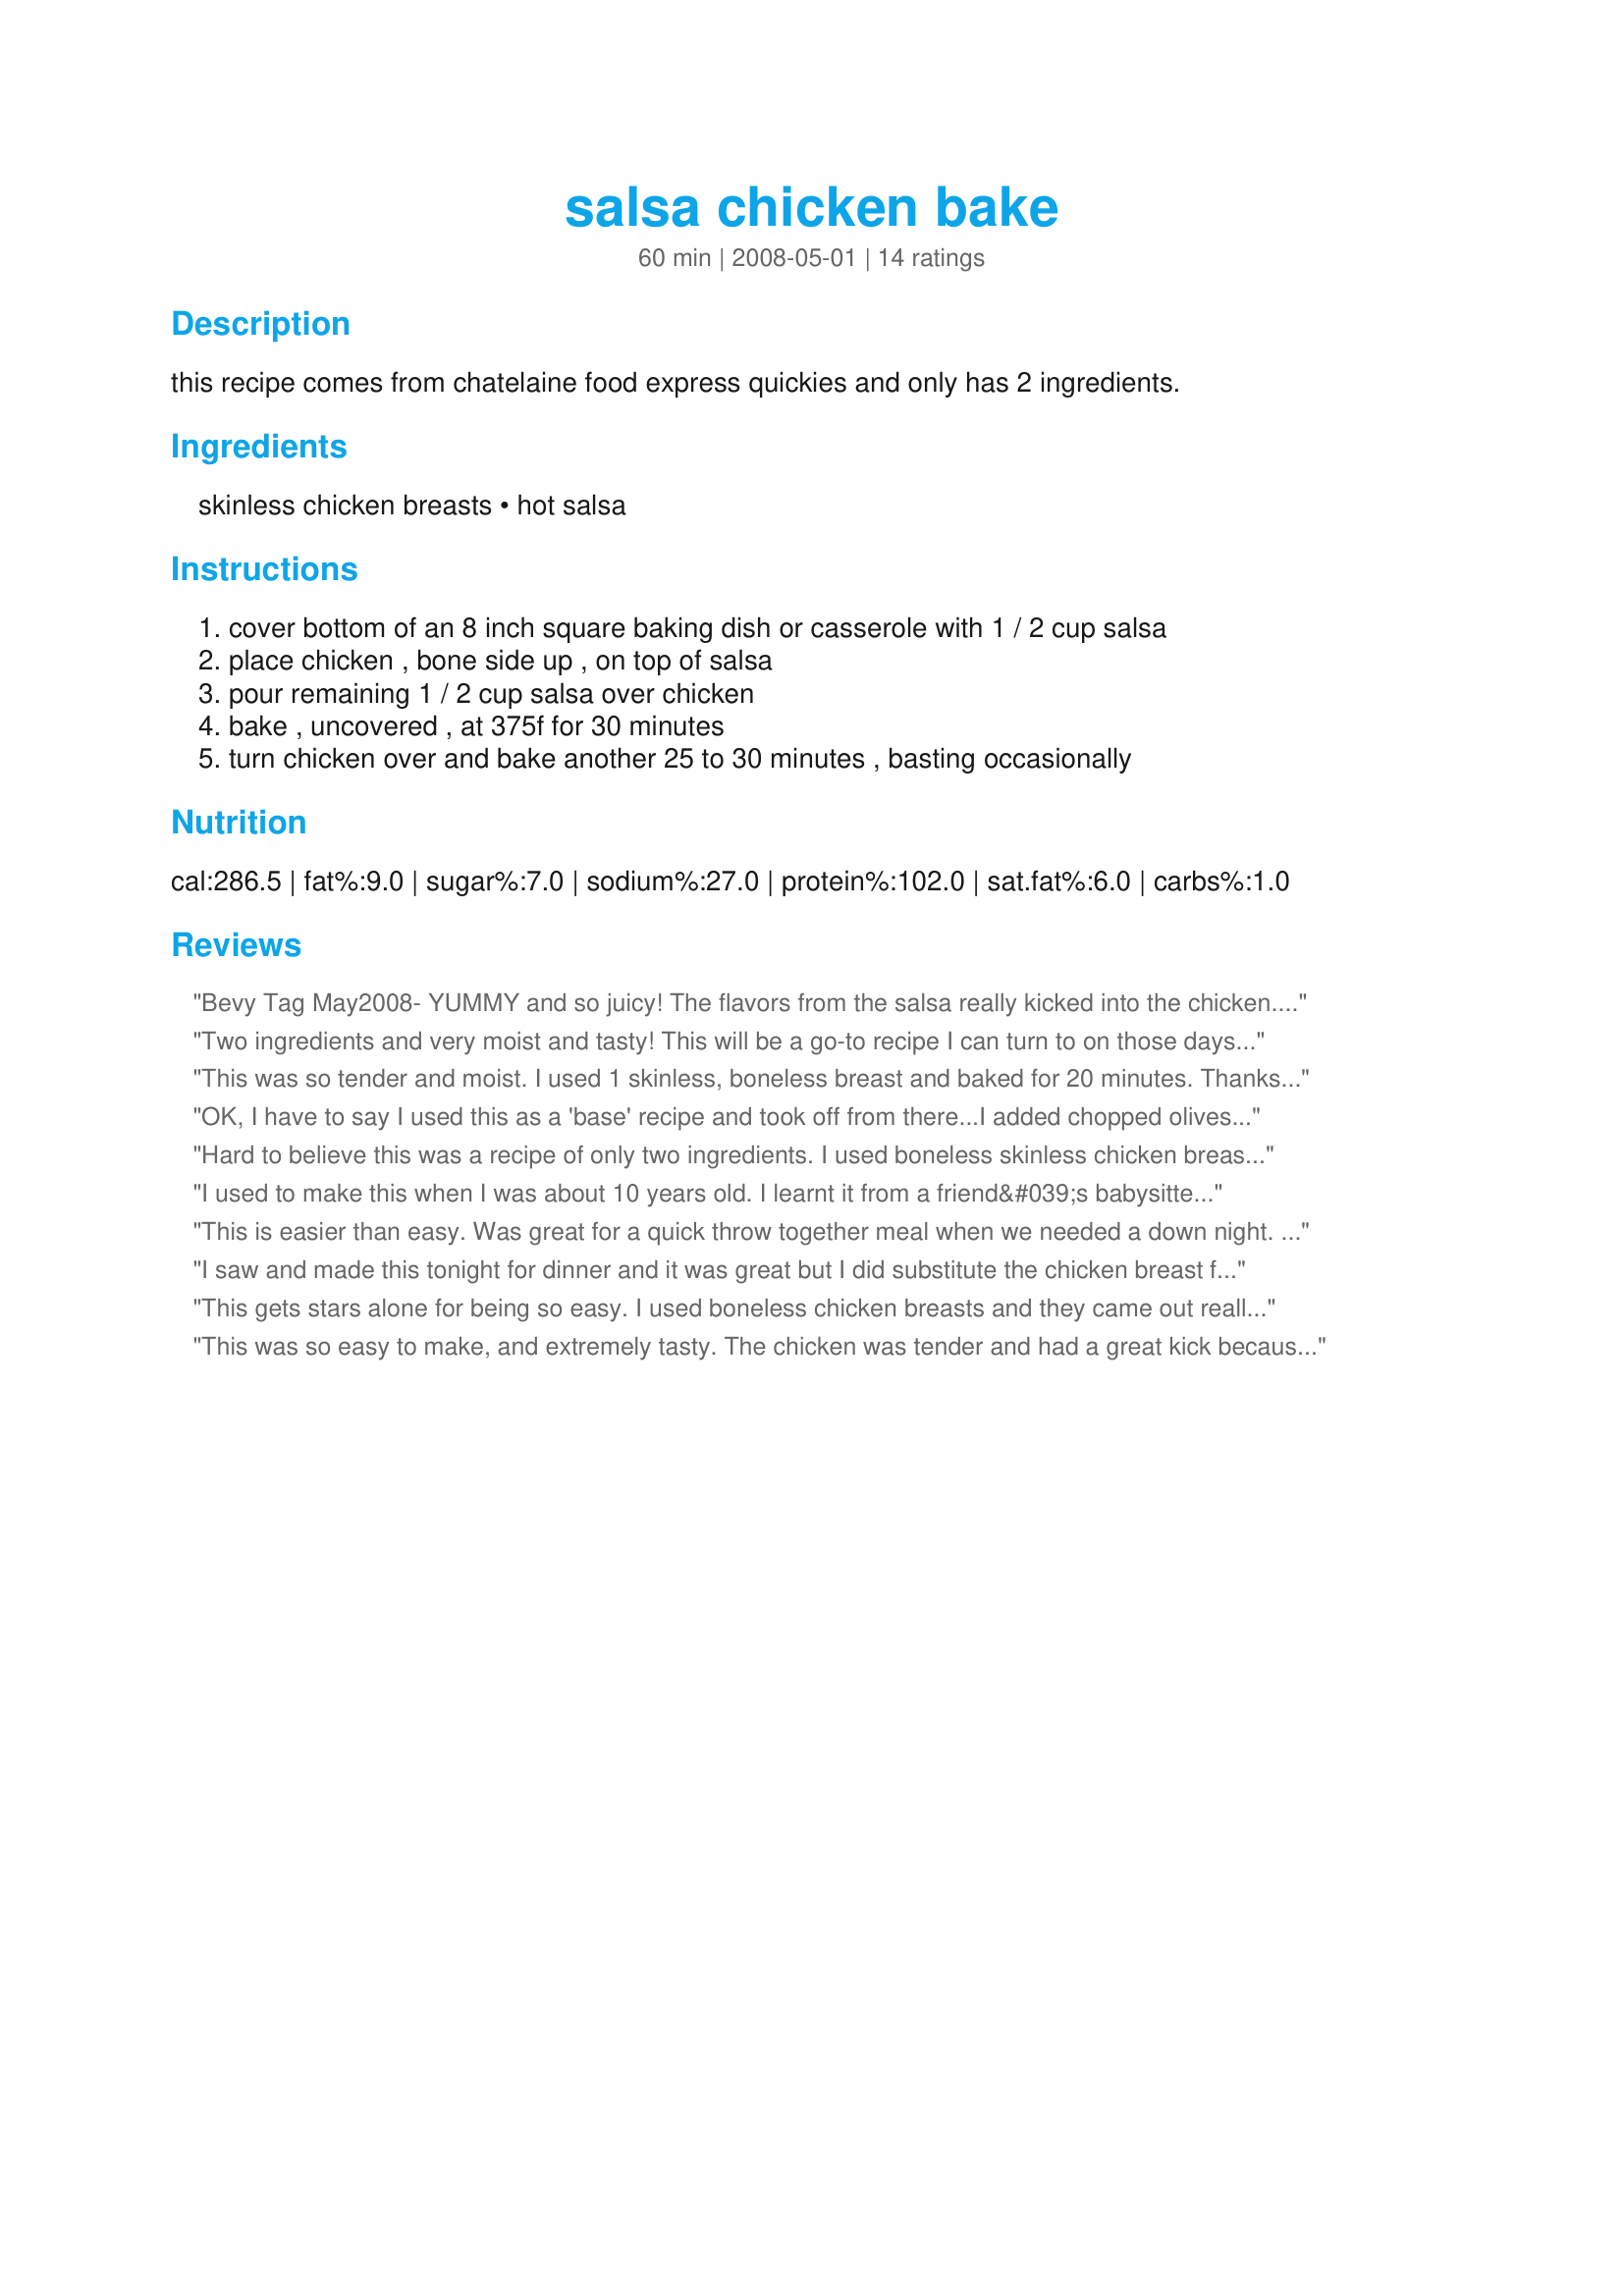
salsa chicken bake
Preparation time: 60 minutes

this recipe comes from chatelaine food express quickies and only has 2 ingredients.

Ingredients:
skinless chicken breasts, hot salsa

Steps:
cover bottom of an 8 inch square baking dish or casserole with 1 / 2 cup salsa, place chicken , bone side up , on top of salsa, pour remaining 1 / 2 cup salsa over chicken, bake , uncovered , at 375f for 30 minutes, turn chicken over and bake another 25 to 30 minutes , basting occasionally

Reviews:
Bevy Tag May2008-
YUMMY and so juicy! The flavors from the salsa really kicked into the chicken. I poured 1/2 the salsa (medium) [I am whimpy] and chicken in a ziploc and let them marinate all day. Came home and threw in the oven with the remaining 1/2 salsa on top as directed. The smells were wonderful. Served with saffron rice, asparagus, and tortilla chips.
I can see doing this on the BBQ, but then I also see the neighbors coming over for some LOL. This is a keeper!
Two ingredients and very moist and tasty! This will be a go-to recipe I can turn to on those days that get away from me and it's just too late to thaw things and cook anything more elaborate. My husband and I both enjoyed it. I had boneless, skinless chicken breast, and I baked it 25 minutes. Normally I would go with the bone-in breast though, they have much more flavor. It's a keeper. Thanks Dreamer!
This was so tender and moist. I used 1 skinless, boneless breast and baked for 20 minutes. Thanks for the recipe. Made for Holiday Tag 2009.
OK, I have to say I used this as a 'base' recipe and took off from there...I added chopped olives and a bit of chipotle in adobo sauce to the salsa for more kick. At table, I sprinkled a bit of grated jack cheese on top and some sliced green onion and cilantro for colour. Served with guac, sour cream and mexican rice and we were mm..mmming all over the place.
Hard to believe this was a recipe of only two ingredients. I used boneless skinless chicken breast and mild salsa. Made sure to baste often and enjoyed moist flavorful chicken. Made and reviewed for Family Picks during ZWT8.
I used to make this when I was about 10 years old. I learnt it from a friend&#039;s babysitter. I used boneless skinless chicken also put cheese on top of the chicken and salsa. I absolutely loved it.
This is easier than easy. Was great for a quick throw together meal when we needed a down night. Even the kids ate it! Made for ZWT
I saw and made this tonight for dinner and it was great but I did substitute the chicken breast for leg quarters as it's what I had on hand and it worked out just fine. Thanks for sharing.
This gets stars alone for being so easy. I used boneless chicken breasts and they came out really moist. Due to my spice wimp status, I used a mild salsa and then let my husband sprinkle on (okay soak it) the hot sauce. Since there is only two of us, I cut the recipe in half and there weren't any problems there either. Made for PAC Fall 2008.
This was so easy to make, and extremely tasty. The chicken was tender and had a great kick because of the salsa.
I did cover it while baking because I was worried it would end up a bit dry - I don't know how much difference it made, but it was delicious.
Baked this for my family today.I am beginning to cook healthy and super simple meals for my family because we have history of diabetes. They loved it especially my twin sister!Thanks Dreamer in Ontario
DELICIOUS! I normally make salsa chicken in the crock pot but needed something faster so tried this recipe and it was wonderful, too!!! I cooked my bone-in chicken pieces until they reached internal temp of 165F. I couldn't believe how moist and flavorful they were. I served them topped w/ chopped green onions, cheddar cheese, and avocado slices, and with spanish rice, pinto beans, and queso w/ tortilla chips. Leftovers went to make some fabulous chicken enchiladas and the best tortilla soup! Thank you for a great recipe and being a catalyst for more great dishes!
I made this in my Crock pot on low for 5-6 hours. Fall off the bone tender and yummy with a nice heat because I used spicy hot salsa.
This was too easy and real tasty! Used medium spicy salsa and did add some taco seasoning. The chicken was moist and tasty. Made for Photo Tag. Thanks Dreamer! :)
